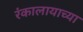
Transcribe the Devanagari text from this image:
रंकालायाच्या